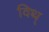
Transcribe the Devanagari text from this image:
विथ्